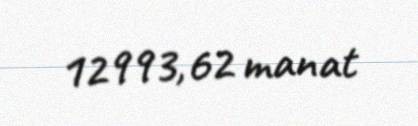
12993,62 manat